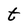
Character: t